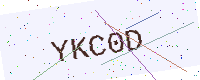
Text: YKC0D